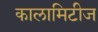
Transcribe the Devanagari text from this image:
कालामिटीज